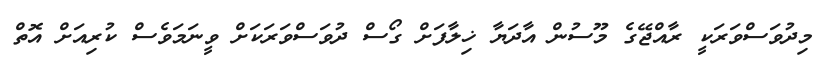
މިދުވަސްވަރަކީ ރާއްޖޭގެ މޫސުން އާދަޔާ ޚިލާފަށް ގޯސް ދުވަސްވަރަކަށް ވީނަމަވެސް ކުރިއަށް އޮތް